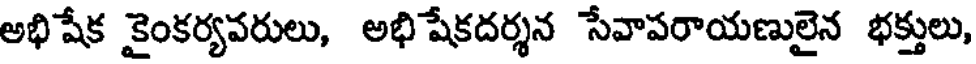
అభిషేక కైంకర్యవరులు, అభిషేకదర్శన సేవాపరాయణులైన భక్తులు,